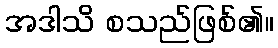
အဒါသိ စသည်ဖြစ်၏။